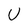
Character: U